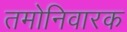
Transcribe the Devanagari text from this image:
तमोनिवारक